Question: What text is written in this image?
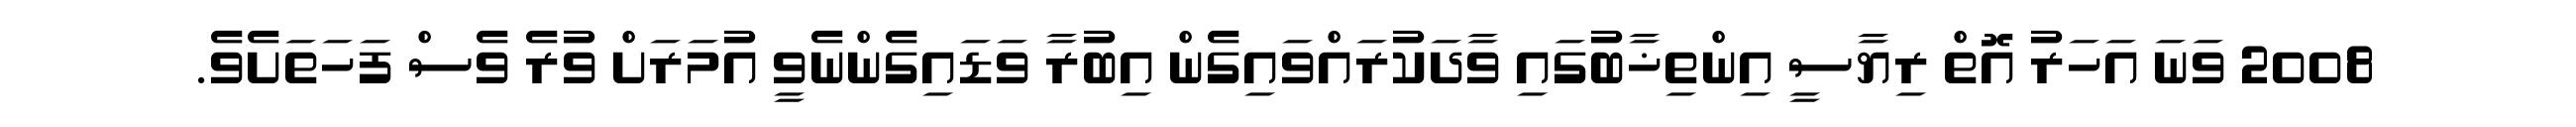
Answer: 2008 ވަނަ އަހަރު އޮތް ރިޔާސީ އިންތިޚާބުގައި ވާދަކުރައްވައިގެން އިބުރާ ވަޑައިގެންނެވީ އުމަރަށް ވުރެ ވެސް ފަހަތަށެވެ.